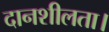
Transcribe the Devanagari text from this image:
दानशीलता।